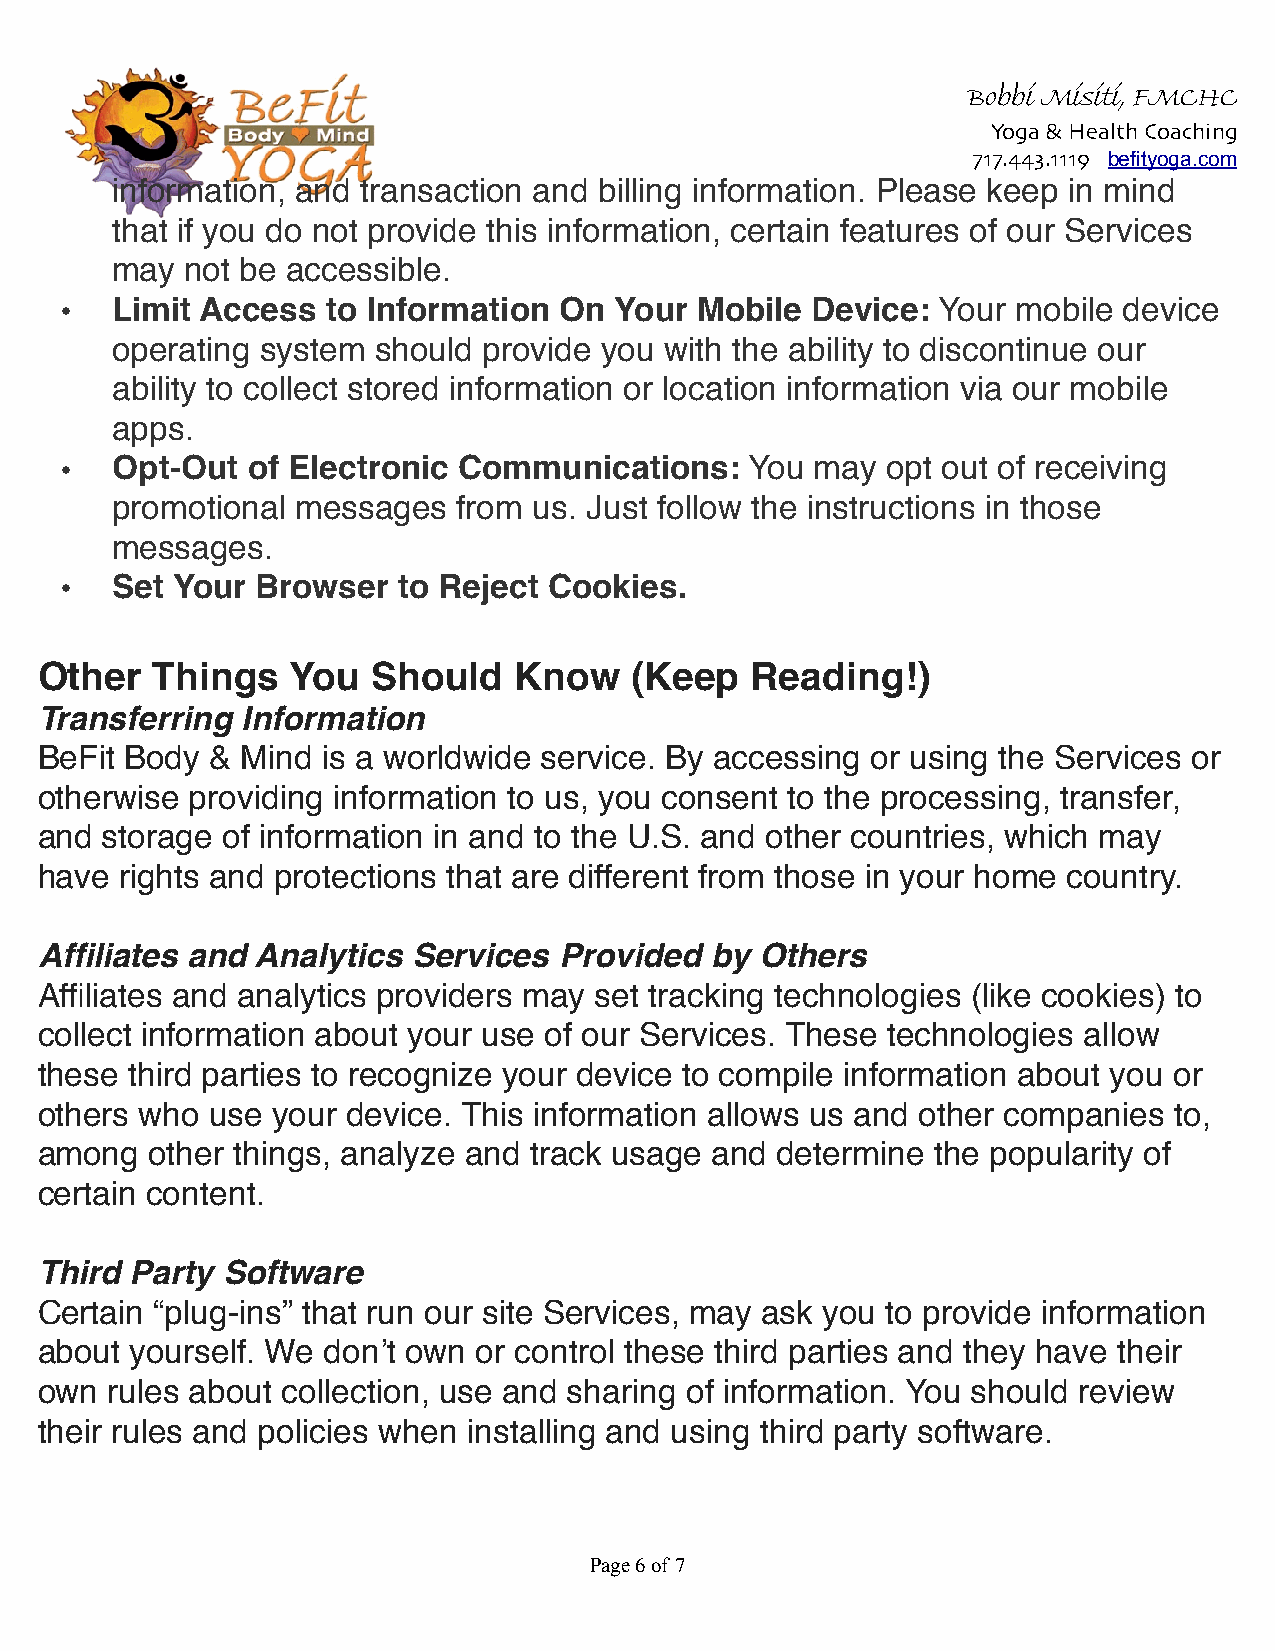
Bobbi Misiti, FMCHC
 Yoga & Health Coaching
 717.443.1119 befityoga.com
 information, and transaction and billing information. Please keep in mind
 that if you do not provide this information, certain features of our Services
 may  not be accessible.
 •  Limit Access   to Information On  Your Mobile  Device: Your mobile device
 operating system  should provide you with the ability to discontinue our
 ability to collect stored information or location information via our mobile
 apps.
 •  Opt-Out  of Electronic Communications:     You may  opt out of receiving
 promotional  messages  from us. Just follow the instructions in those
 messages.
 •  Set Your  Browser  to Reject Cookies.
 Other   Things   You   Should   Know    (Keep   Reading!)
 Transferring  Information
 BeFit Body  & Mind is a worldwide service. By accessing or using the Services or
 otherwise  providing information to us, you consent to the processing, transfer,
 and  storage of information in and to the U.S. and other countries, which may
 have  rights and protections that are different from those in your home country.
 Affiliates and Analytics Services  Provided  by Others
 Affiliates and analytics providers may set tracking technologies (like cookies) to
 collect information about your use of our Services. These technologies allow
 these third parties to recognize your device to compile information about you or
 others who  use your device. This information allows us and other companies to,
 among   other things, analyze and track usage and determine the popularity of
 certain content.
 Third  Party Software
 Certain “plug-ins” that run our site Services, may ask you to provide information
 about  yourself. We don’t own or control these third parties and they have their
 own  rules about collection, use and sharing of information. You should review
 their rules and policies when installing and using third party software.
 Page !6 of !7